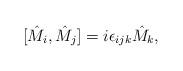
LaTeX: \begin{align*}[\hat{M}_{i},\hat{M}_{j}]=i\epsilon_{ijk}\hat{M}_{k},\end{align*}